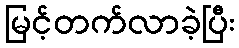
မြင့်တက်လာခဲ့ပြီး